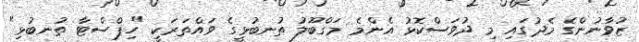
ޒުވާނުންގެ މެދުގައި މި ދުވަސްކޮޅު އެންމެ މަގްބޫލު ތުނބުޅީގެ ވައްތަރަކީ "ހިޕްސްޓާ ތުނބުޅި"